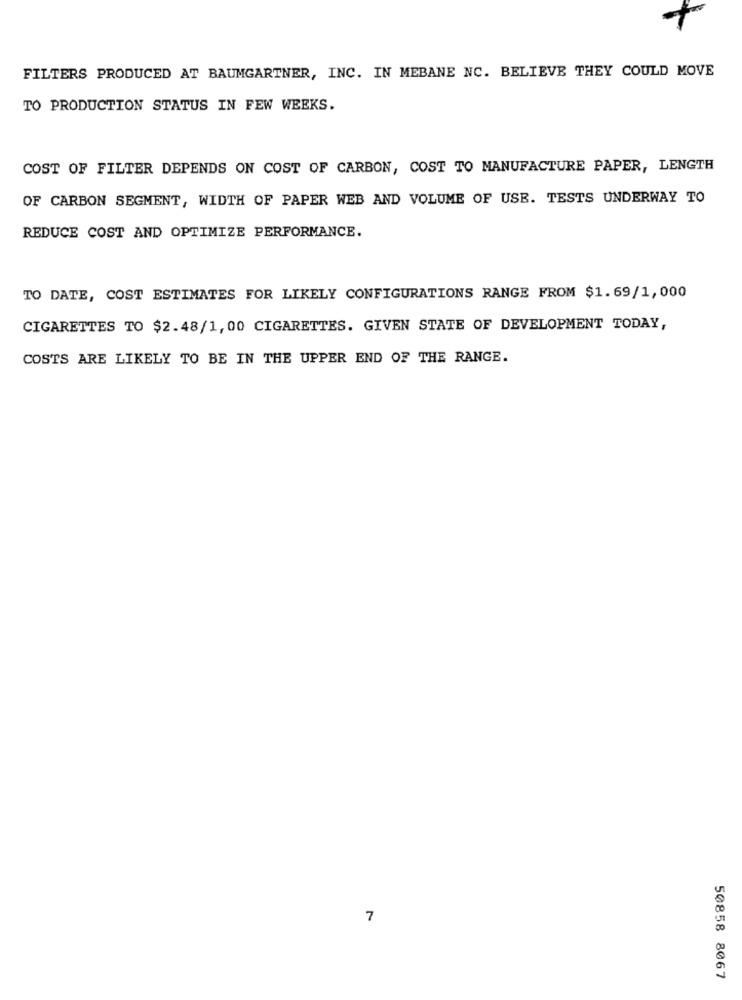
FILTERS PRODUCED AT BAUMGARTNER, INC. IN MEBANE NC. BELIEVE THEY COULD MOVE
TO PRODUCTION STATUS IN FEW WEEKS.
COST OF FILTER DEPENDS ON COST OF CARBON, COST TO MANUFACTURE PAPER, LENGTH
OF CARBON SEGMENT, WIDTH OF PAPER WEB AND VOLUME OF USE. TESTS UNDERWAY TO
REDUCE COST AND OPTIMIZE PERFORMANCE.
TO DATE, COST ESTIMATES FOR LIKELY CONFIGURATIONS RANGE FROM $1.69/1,000
CIGARETTES TO $2.48/1, 00 CIGARETTES. GIVEN STATE OF DEVELOPMENT TODAY,
COSTS ARE LIKELY TO BE IN THE UPPER END OF THE RANGE.
7
50858 8067